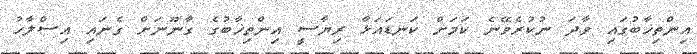
އިންތިޚާބުގައި ވާދަ ނުކުރެވޭނެ ކަމަށް ކަނޑައަޅާ ރިޔާސީ އިންތިޚާބުގެ ގާނޫނަށް ގެނައި އިސްލާހު